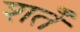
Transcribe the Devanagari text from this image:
शर्तेँ